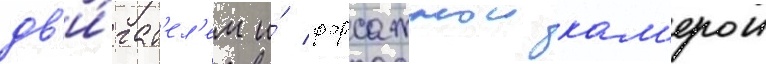
дв'и́гат'ел'ем и́ форсажнои кам'ерои